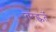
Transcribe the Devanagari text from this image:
तरह्कर्ते